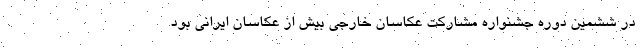
در ششمین دوره جشنواره مشارکت عکاسان خارجی بیش از عکاسان ایرانی بود